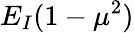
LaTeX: E_{I}(1-\mu^{2})